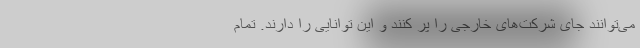
می‌توانند جای شرکت‌های خارجی را پر کنند و این توانایی را دارند. تمام